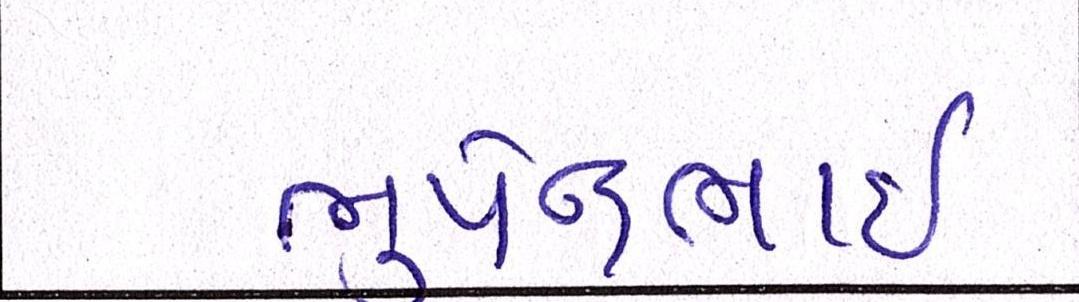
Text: ભૂપેન્દ્રભાઈ